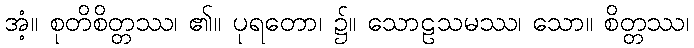
အံ့။ စုတိစိတ္တဿ၊ ၏။ ပုရတော၊ ၌။ သောဠသမဿ၊ သော။ စိတ္တဿ၊